Indian journal of veterinary science and animal husbandry - Volumes 18-21, 1948-1951
Year: 1948
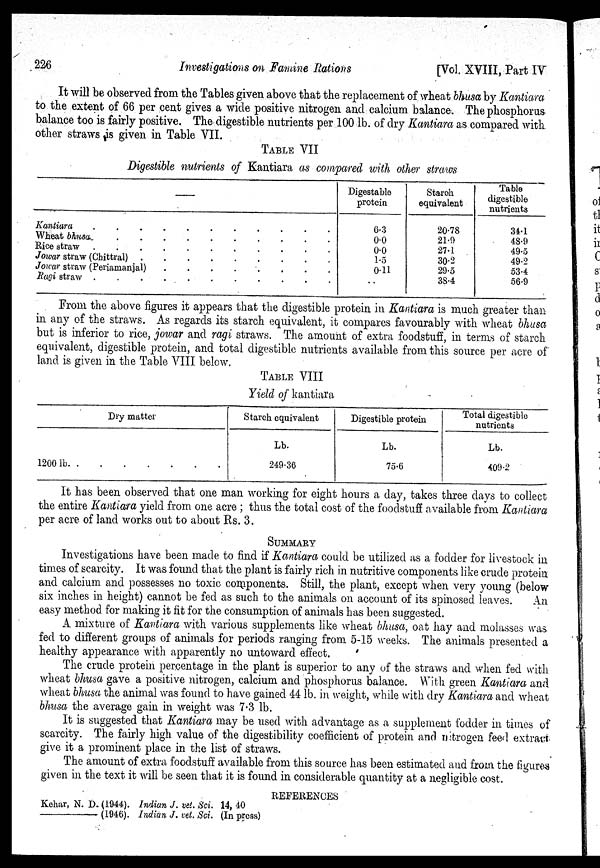
226
Investigations on Famine Rations
[Vol. XVIII, Part IV
It will be observed from the Tables given above that the replacement of wheat bhusa by Kantiara
to the extent of 66 per cent gives a wide positive nitrogen and calcium balance. The phosphorus
balance too is fairly positive. The digestible nutrients per 100 lb. of dry Kantiara as compared with
other straws is given in Table VII.
TABLE VII
Digestible nutrients of Kantiara as compared with other straws
—
Kantiara
.
.
.
.
.
.
.
Wheat bhusa . . . . . . .
Rice straw
.
.
.
.
.
.
.
Jowar straw (Chittral) . . . . . . .
Jowar straw (Periamanjal)
.
.
.
.
.
.
.
Ragi straw
.
.
.
.
.
.
.
Digestable
protein
6.3
0.0
0.0
1.5
0.11
. .
Starch
equivalent
20.78
21.9
27.1
30.2
29.5
38.4
Table
digestible
nutrients
34.1
48.9
49.5
49.2
53.4
56.9
From the above figures it appears that the digestible protein in Kantiara is much greater than
in any of the straws. As regards its starch equivalent, it compares favourably with wheat bhusa
but is inferior to rice, jowar and ragi straws. The amount of extra foodstuff, in terms of starch
equivalent, digestible protein, and total digestible nutrients available from this source per acre of
land is given in the Table VIII below.
TABLE VIII
Yield of kantiara
Dry matter
1200
lb
.
.
.
.
.
.
Starch equivalent
Lb.
249.36
Digestible protein
Lb.
75.6
Total digestible
nutrients
Lb.
409.2
It has been observed that one man working for eight hours a day, takes three days to collect
the entire Kantiara yield from one acre ; thus the total cost of the foodstuff available from Kantiara
per acre of land works out to about Rs. 3.
SUMMARY
Investigations have been made to find if Kantiara could be utilized as a fodder for livestock in
times of scarcity. It was found that the plant is fairly rich in nutritive components like crude protein
and calcium and possesses no toxic components. Still, the plant, except when very young (below
six inches in height) cannot be fed as such to the animals on account of its spinosed leaves.
An
easy method for making it fit for the consumption of animals has been suggested.
A mixture of Kantiara with various supplements like wheat bhusa, oat hay and molasses was
fed to different groups of animals for periods ranging from 5-15 weeks. The animals presented a
healthy appearance with apparently no untoward effect.
The crude protein percentage in the plant is superior to any of the straws and when fed with
wheat bhusa gave a positive nitrogen, calcium and phosphorus balance. With green Kantiara and
wheat bhusa the animal was found to have gained 44 lb. in weight, while with dry Kantiara and wheat
bhusa the average gain in weight was 7.3 lb.
It is suggested that Kantiara may be used with advantage as a supplement fodder in times of
scarcity. The fairly high value of the digestibility coefficient of protein and nitrogen feed extract
give it a prominent place in the list of straws.
The amount of extra foodstuff available from this source has been estimated and from the figures
given in the text it will be seen that it is found in considerable quantity at a negligible cost.
REFERENCES
Kehar, N. D. (1944). Indian J. vet. Sci. 14, 40
——.
(1946). Indian J. vet. Sci. (In press)